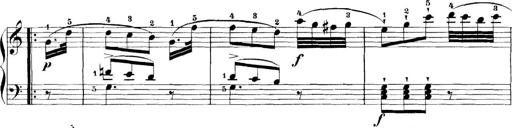
Title: 11 Sonatinas
Composer: Anton Diabelli